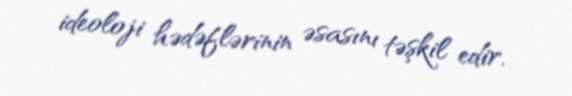
ideoloji hədəflərinin əsasını təşkil edir.